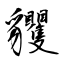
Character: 貜